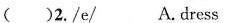
( )2./e/ A. dr\underline{e}ss